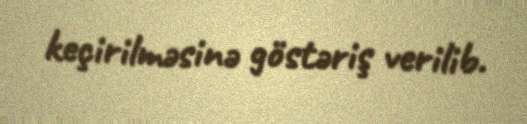
keçirilməsinə göstəriş verilib.